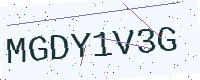
Text: MGDY1V3G